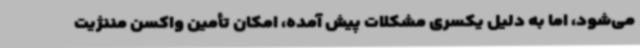
می‌شود، اما به دلیل یکسری مشکلات پیش آمده، امکان تأمین واکسن مننژیت